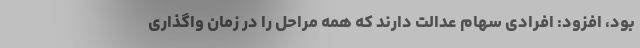
بود، افزود: افرادی سهام عدالت دارند که همه مراحل را در زمان واگذاری